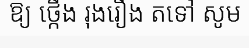
ឱ្យ ថ្កើង រុងរឿង តទៅ សូម